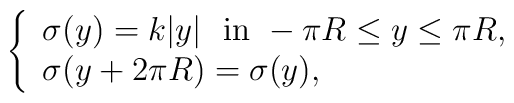
\left\{ \begin{array}{l}    \sigma(y)=k|y| ~~\mbox{in}~ -\pi R \leq y \leq\pi R, \\    \sigma(y+2\pi R)=\sigma(y),  \end{array} \right.